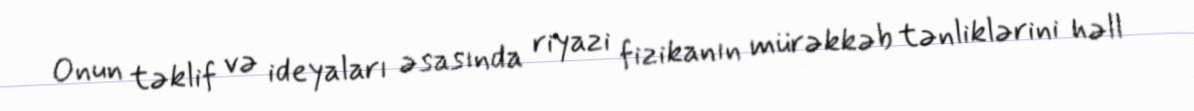
Onun təklif və ideyaları əsasında riyazi fizikanın mürəkkəb tənliklərini həll